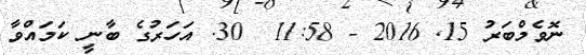
ނޮވެމްބަރު 15